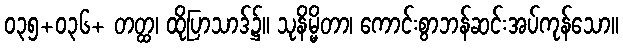
၀၃၅+၀၃၆+ တတ္ထ၊ ထိုပြာသာဒ်၌။ သုနိမ္မိတာ၊ ကောင်းစွာဘန်ဆင်းအပ်ကုန်သော။